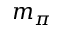
m _ { \pi }